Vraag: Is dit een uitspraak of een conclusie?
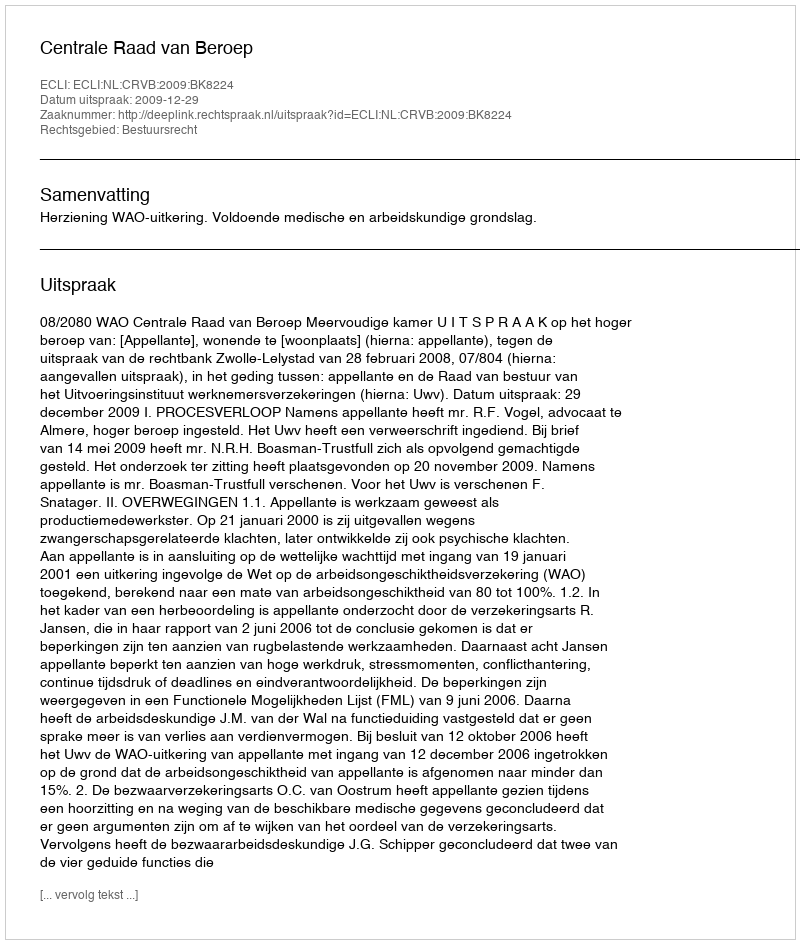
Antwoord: Uitspraak